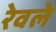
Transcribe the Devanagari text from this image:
रेवले